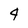
Character: 4